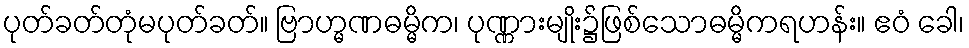
ပုတ်ခတ်တုံမပုတ်ခတ်။ ဗြာဟ္မဏဓမ္မိက၊ ပုဏ္ဏားမျိုး၌ဖြစ်သောဓမ္မိကရဟန်း။ ဧဝံ ခေါ၊